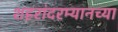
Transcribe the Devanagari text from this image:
शहरांदरम्यानच्या